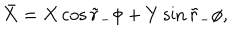
LaTeX: \bar { X } = X \cos \tilde { r } _ { - } \phi + Y \sin \tilde { r } _ { - } \phi ,